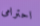
احترامى